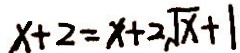
x + 2 = x + 2 \sqrt { x } + 1